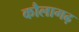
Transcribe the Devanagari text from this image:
कौलागढ़